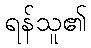
ရန်သူ၏